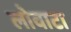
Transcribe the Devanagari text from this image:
लोवाटा